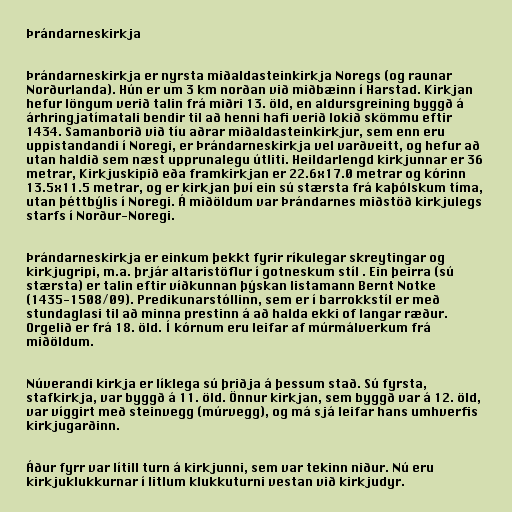
Þrándarneskirkja

Þrándarneskirkja er nyrsta miðaldasteinkirkja Noregs (og raunar
Norðurlanda). Hún er um 3 km norðan við miðbæinn í Harstad. Kirkjan
hefur löngum verið talin frá miðri 13. öld, en aldursgreining byggð á
árhringjatímatali bendir til að henni hafi verið lokið skömmu eftir
1434. Samanborið við tíu aðrar miðaldasteinkirkjur, sem enn eru
uppistandandi í Noregi, er Þrándarneskirkja vel varðveitt, og hefur að
utan haldið sem næst upprunalegu útliti. Heildarlengd kirkjunnar er 36
metrar, Kirkjuskipið eða framkirkjan er 22.6x17.0 metrar og kórinn
13.5x11.5 metrar, og er kirkjan því ein sú stærsta frá kaþólskum tíma,
utan þéttbýlis í Noregi. Á miðöldum var Þrándarnes miðstöð kirkjulegs
starfs í Norður-Noregi.

Þrándarneskirkja er einkum þekkt fyrir ríkulegar skreytingar og
kirkjugripi, m.a. þrjár altaristöflur í gotneskum stíl . Ein þeirra (sú
stærsta) er talin eftir víðkunnan þýskan listamann Bernt Notke
(1435-1508/09). Predikunarstóllinn, sem er í barrokkstíl er með
stundaglasi til að minna prestinn á að halda ekki of langar ræður.
Orgelið er frá 18. öld. Í kórnum eru leifar af múrmálverkum frá
miðöldum.

Núverandi kirkja er líklega sú þriðja á þessum stað. Sú fyrsta,
stafkirkja, var byggð á 11. öld. Önnur kirkjan, sem byggð var á 12. öld,
var víggirt með steinvegg (múrvegg), og má sjá leifar hans umhverfis
kirkjugarðinn.

Áður fyrr var lítill turn á kirkjunni, sem var tekinn niður. Nú eru
kirkjuklukkurnar í litlum klukkuturni vestan við kirkjudyr.